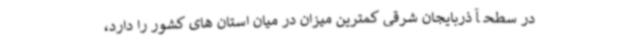
در سطحآذربایجان شرقی کمترین میزان در میان استان های کشور را دارد،